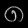
Digit: ၈